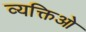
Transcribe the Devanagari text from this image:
व्यक्तिओ